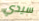
سيدي